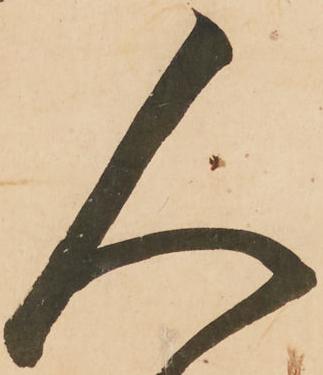
人